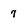
Character: 7